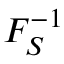
F _ { S } ^ { - 1 }